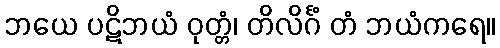
ဘယေ ပဋိဘယံ ဝုတ္တံ၊ တိလိင်္ဂံ တံ ဘယံကရေ။